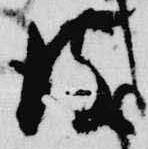
彼